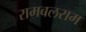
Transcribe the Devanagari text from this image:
रामबलराम